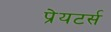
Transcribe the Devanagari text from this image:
प्रेयटर्स